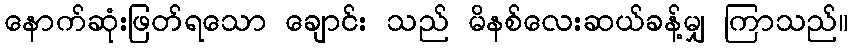
နောက်ဆုံးဖြတ်ရသော ချောင်း သည် မိနစ်လေးဆယ်ခန့်မျှ ကြာသည်။